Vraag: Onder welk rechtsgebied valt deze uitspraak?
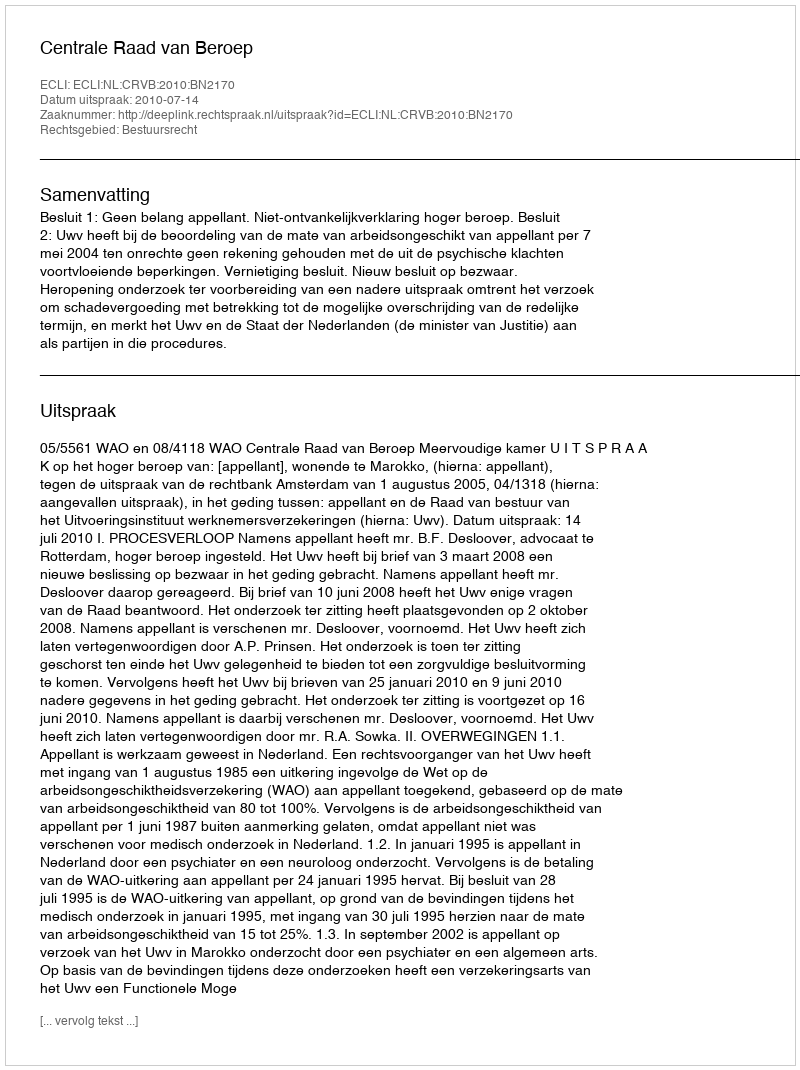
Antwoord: Bestuursrecht